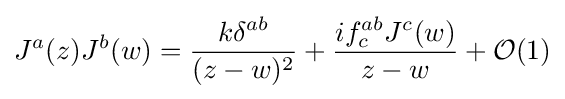
J^{a}(z)J^{b}(w)={\frac {k\delta ^{ab}}{(z-w)^{2}}}+{\frac {if_{c}^{ab}J^{c}(w)}{z-w}}+{\mathcal {O}}(1)